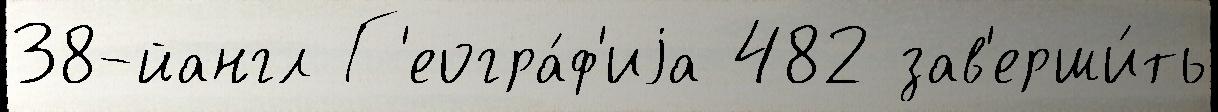
38-йангл Г'еогра́ф'иjа 482 зав'ерши́ть